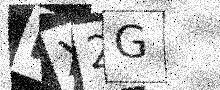
Text: KX2G